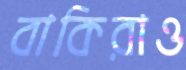
বাকিরাও